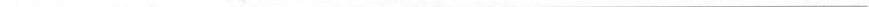
___